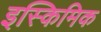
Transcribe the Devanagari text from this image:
इस्किमिक